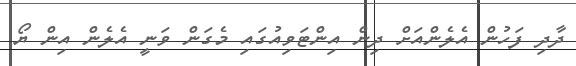
ދާދި ފަހުން އެލެންއަށް ދިން އިންޓަވިއުގައި މެގަން ވަނީ އެލެން އިން ޔޯ